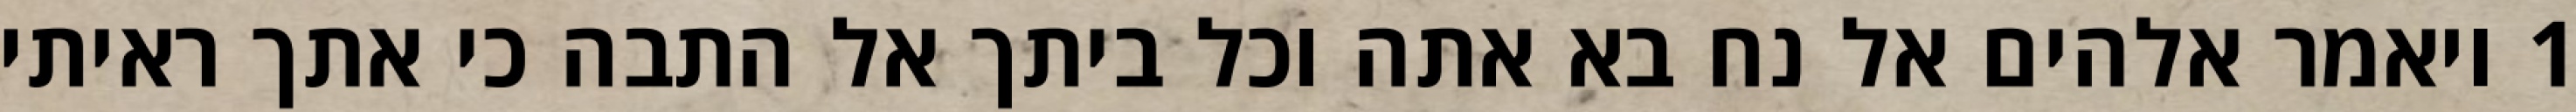
1 ויאמר אלהים אל נח בא אתה וכל ביתך אל התבה כי אתך ראיתי